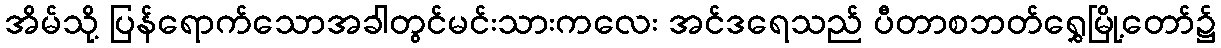
အိမ်သို့ ပြန်ရောက်သောအခါတွင်မင်းသားကလေး အင်ဒရေသည် ပီတာစဘတ်ရွှေမြို့တော်၌